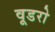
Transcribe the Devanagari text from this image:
वूडरो